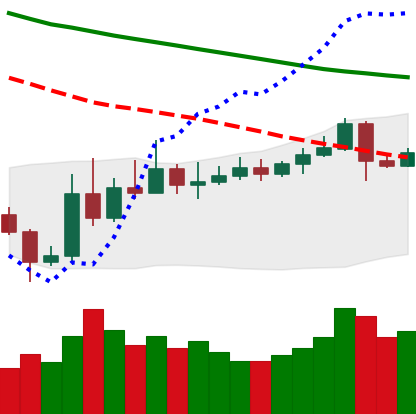
Ticker: ETC-USD
Chart end date: 2019-11-10
Forward return: -9.636%
Label: down_7plus